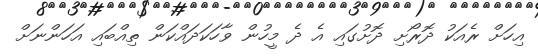
އިހަށް ރެއަކު ދޮރޯށި ދޮށުގައި އެ ދެ މީހުން ވާހަކަދައްކަން ތިއްބައި އަހަންނަށް